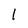
Character: 1